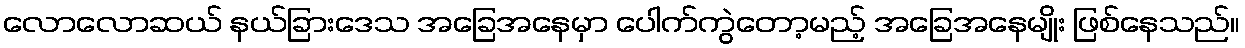
လောလောဆယ် နယ်ခြားဒေသ အခြေအနေမှာ ပေါက်ကွဲတော့မည့် အခြေအနေမျိုး ဖြစ်နေသည်။